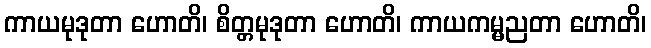
ကာယမုဒုတာ ဟောတိ၊ စိတ္တမုဒုတာ ဟောတိ၊ ကာယကမ္မညတာ ဟောတိ၊